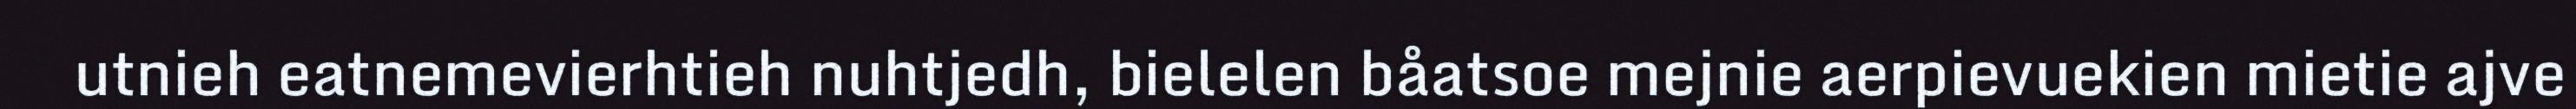
utnieh eatnemevierhtieh nuhtjedh, bielelen båatsoe mejnie aerpievuekien mietie ajve